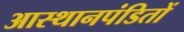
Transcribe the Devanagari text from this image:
आस्थानपंडितों